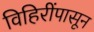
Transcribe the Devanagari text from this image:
विहिरींपासून